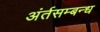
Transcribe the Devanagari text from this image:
अंर्तसम्बन्ध